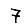
Digit: 7